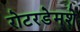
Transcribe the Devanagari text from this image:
रोटरडेमशे